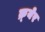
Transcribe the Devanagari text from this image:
क्र्येर